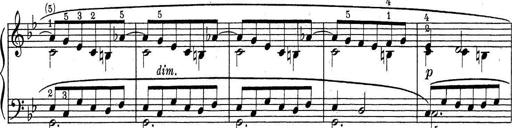
Title: ÄŒeskÃ© Sonatiny
Composer: Various